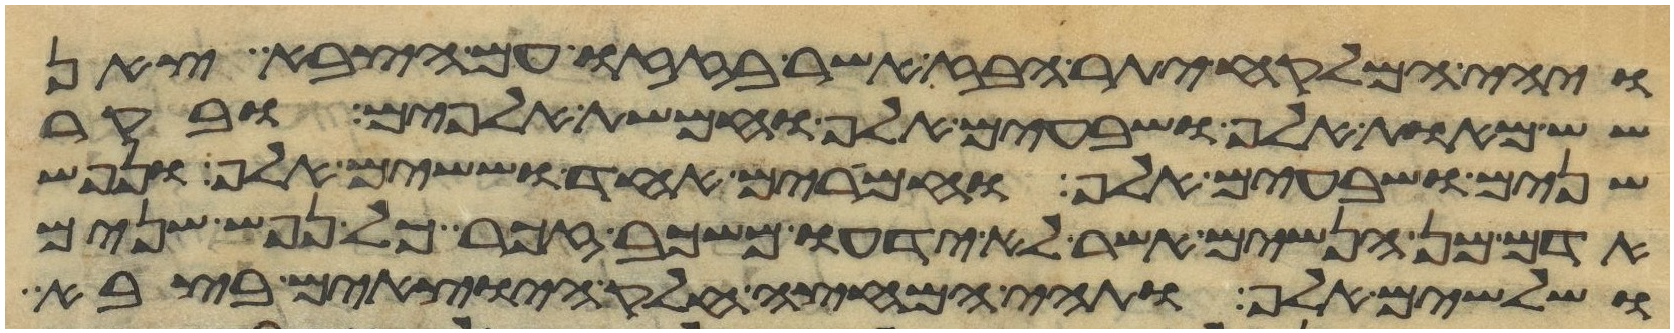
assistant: ויהי המלקח יתר הבז אשר בזזו עם הצבא צאן
שש מאות אלף ושבעים אלף וחמשת אלפים ובקר
שנים ושבעים אלף וחמרים אחד וששים אלף ונפש
אדם מן הנשים אשר לא ידעו משכב זכר כל נפש שנים
ושלשים אלף ותהי המחצה חלק היוצאים בצבא